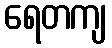
ရေတကျ